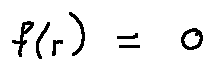
f ( r ) = 0